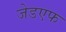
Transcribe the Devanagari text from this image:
जेडएफ